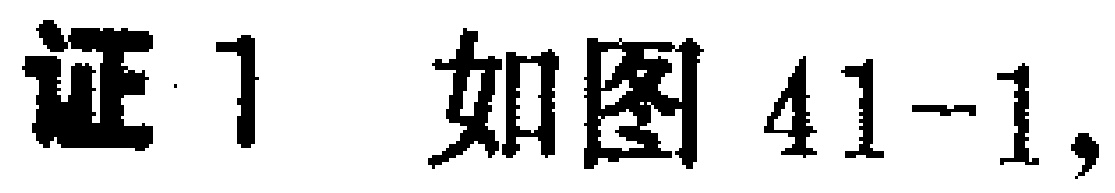
证1 如图41-1,